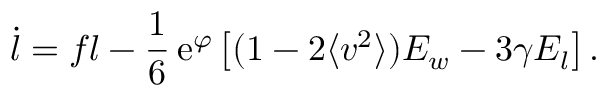
\dot { l } = f l - \frac { 1 } { 6 } \, \mathrm { e } ^ { \varphi } \left[ ( 1 - 2 \langle v ^ { 2 } \rangle ) E _ { w } - 3 \gamma E _ { l } \right] .